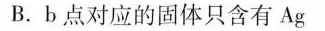
B.b点对应的固体只含有Ag